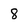
Character: 8